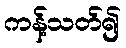
ကန့်သတ်၍